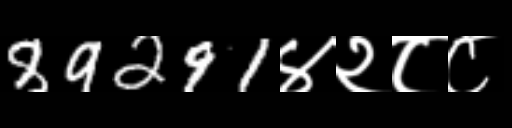
Text: 89291४२८८